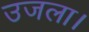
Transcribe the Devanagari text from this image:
उजला।